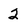
Character: 2